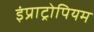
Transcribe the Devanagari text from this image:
इंप्राट्रोपियम